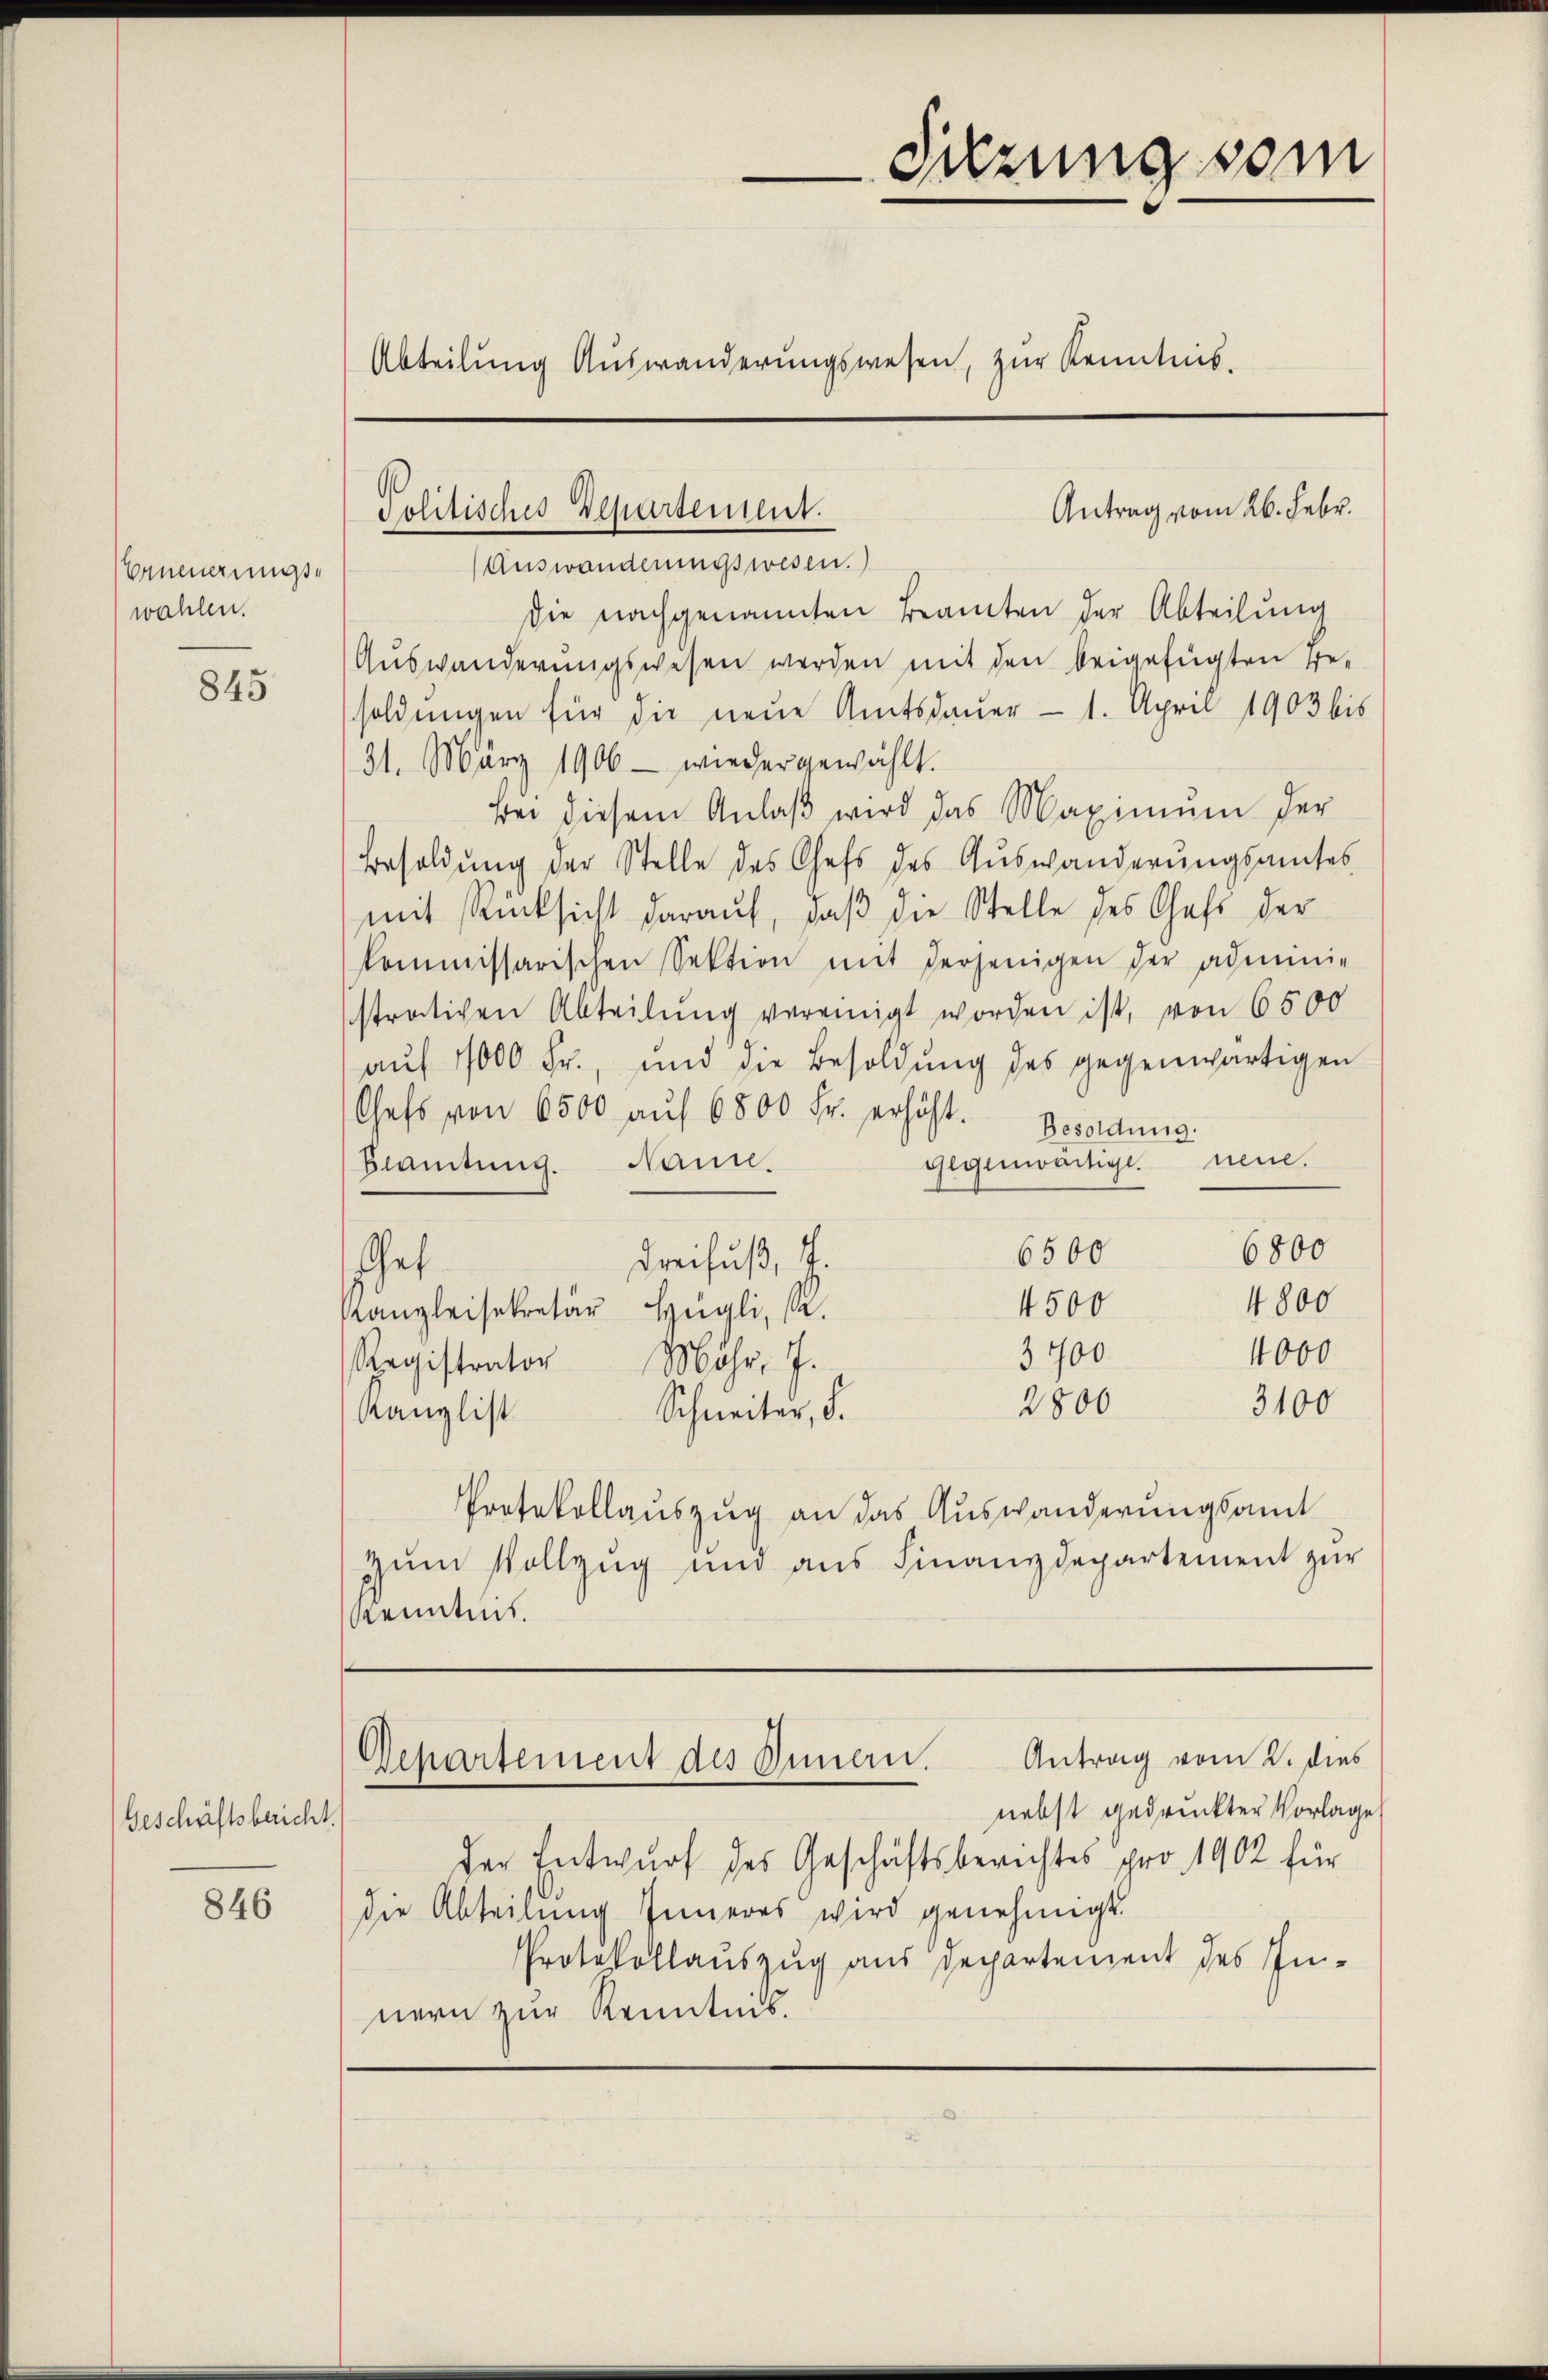
Venmanngse
wahlen.

845

Geschäftsbericht.

846

drung vom
Abteilŭng Auswanderŭngswesen, zur Kenntnis.

Antrag vom 26. Febr.
Politisches Departement.
Auswanderungswesen.

die nachgenannten Beamten der Abteilung
Auswanderungswesen werden mit den beigefügten Be-
soldungen für die neue Amtsdauer — 1. April 1903 bis
31. März 1906 - wieder gewählt.
Bei diesem Anlaβ wird das Maximŭm der
Besoldung der Stelle des Chefs des Auswanderungsamtes
mit Rücksicht darauf, daβ die Stelle des Chefs der
kommissarischen Sektion mit derjenigen der admini-
strativen Abteilung vereinigt worden ist, von 6500
aŭf 1000 Fr., und die Besoldung des gegenwärtigen
Chefs von 6500 aŭf 6800 Fr. erhöht. Besoldung:
gegenwärtige neue.
Beamtŭng. Nani.
6800
6500
Dreifuß, J.
chet
4800
4500
Kanzleisekretär Hügli, a.
4000
3900.
Registrator Möhr, 7.
2800
3100
Schneiter, d.
Kanzlist
Protokollauszug an das Auswanderungsamt
zŭm Vollzug und aus Finanzdepartement zŭr
Kenntnis.

Antrag vom 2. dies
Departement des Innen.
nebst gedruckter Vorlage

der Entwurf des Geschäftsberichtes pro 1902 für
die Abteilung Inneres wird genehmigt.
Protokollauszug aus Departement des In-
nern zur Kenntnis.